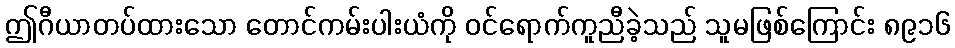
ဤဂီယာတပ်ထားသော တောင်ကမ်းပါးယံကို ဝင်ရောက်ကူညီခဲ့သည် သူမဖြစ်ကြောင်း ၈၉၁၆